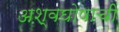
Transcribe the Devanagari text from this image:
अश्वघोषाची